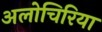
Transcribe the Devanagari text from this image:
अलोचिरिया